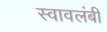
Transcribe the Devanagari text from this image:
स्‍वावलंबी